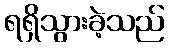
ရရှိသွားခဲ့သည်